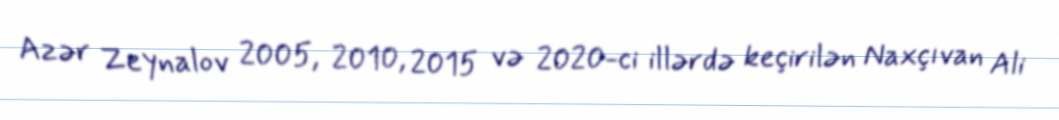
Azər Zeynalov 2005, 2010, 2015 və 2020-ci illərdə keçirilən Naxçıvan Ali